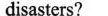
disasters?